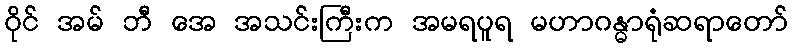
ဝိုင် အမ် ဘီ အေ အသင်းကြီးက အမရပူရ မဟာဂန္ဓာရုံဆရာတော်